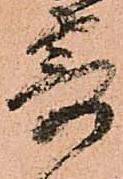
寄